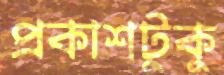
প্রকাশটুকু